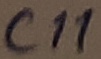
Text: C11